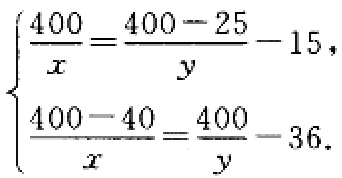
\[\begin{cases}
\frac{400}{x}=\frac{400 - 25}{y}-15,\\
\frac{400 - 40}{x}=\frac{400}{y}-36.
\end{cases}\]